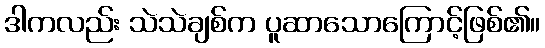
ဒါကလည်း သဲသဲချစ်က ပူဆာသောကြောင့်ဖြစ်၏။